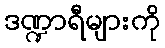
ဒဏ္ဍာရီများကို